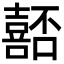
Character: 嚭